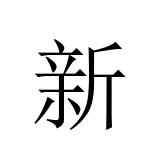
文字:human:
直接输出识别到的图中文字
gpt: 新